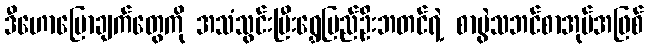
ဒီဟောပြောချက်တွေကို အသံသွင်းပြီးရွှေပြည်ဦးဘတင်ရဲ့ စာပွဲသဘင်စာအုပ်အဖြစ်